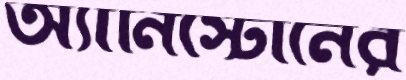
অ্যানিস্টোনের